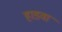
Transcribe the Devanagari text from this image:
हाडवा